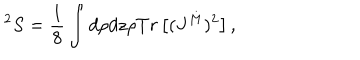
^ 2 S = \frac { 1 } { 8 } \int d \rho d z \rho T r \left[ ( J ^ { M } ) ^ { 2 } \right] ,